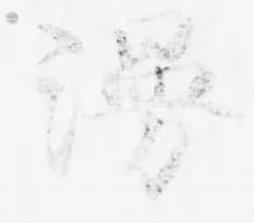
漫